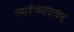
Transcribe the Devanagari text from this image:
त्यांच्यावर